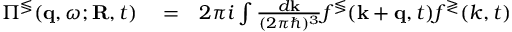
\begin{array} { r l r } { \Pi ^ { \lessgtr } ( { \bf q } , \omega ; { \bf R } , t ) } & { { } = } & { 2 \pi i \int \frac { d { \bf k } } { ( 2 \pi \hbar ) ^ { 3 } } f ^ { \lessgtr } ( { \bf k } + { \bf q } , t ) f ^ { \gtrless } ( k , t ) } \end{array}